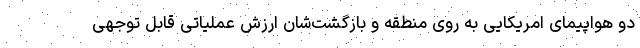
دو هواپیمای امریکایی به روی منطقه و بازگشت‌شان ارزش عملیاتی قابل توجهی